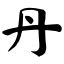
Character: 丹